Annual statistical returns and brief notes on vaccination in Bengal - 1896-1909
Year: 1896
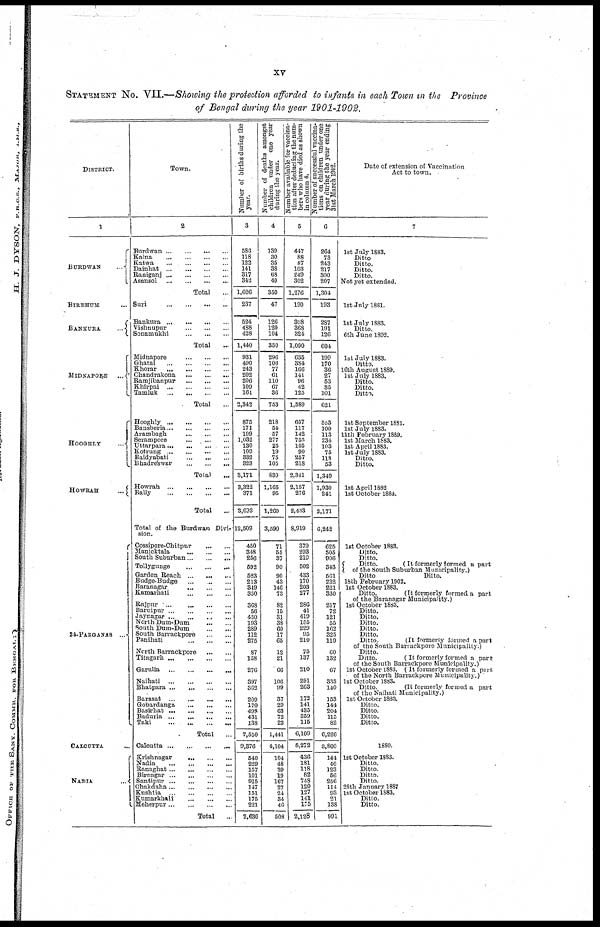
xv
STATEMENT No. VII.—Showing the protection afforded to infants in each Town in the Province
of Bengal during the year 1901-1902.
DISTRICT.
1
BURDWAN
...
BIRBHUM ...
BANKURA
...
MIDNAPORE
...
HOOGHLY
...
HOWRAH
...
24-PARGANAS ...
CALCUTTA
NADIA
...
Town.
2
Burdwan ... ... ... ...
Kalna
...
...
...
...
Katwa
...
...
...
...
Dainhat ... ... ... ...
Raniganj
...
...
...
...
Asansol
...
...
...
...
Total ...
Suri
...
...
...
...
Bankura
...
...
...
...
Vishnupur
...
...
...
Sonamukhi
...
...
...
Total ...
Midnapore
...
...
...
Ghatal ... ... ... ...
Khorar
...
...
...
...
Chandrakona
...
...
...
Ramjibanpur
...
...
...
Khirpai
...
...
...
...
Tamluk
...
...
...
...
Total ...
Hooghly ... ... ... ...
Bansberia ... ... ... ...
Arambagh
...
...
...
Serampore
...
...
...
Uttarpara ... ... ... ...
Kotrung
...
...
...
...
Baidyabati
...
...
...
Bhadreswar
...
...
...
Total ...
Howrah
...
...
...
...
Bally
...
...
...
...
Total ...
Total of the Burdwan Divi-
sion.
Cossipore-Chitpur
...
...
Manicktala
...
...
...
South Suburban ... ... ...
Tollygunge
...
...
...
Garden Reach
...
...
...
Budge-Budge
...
...
...
Baranagar
...
...
...
Kamarhati
...
...
...
Rajpur ... ... ... ... ...
Baruipur
...
...
...
...
Jaynagar
...
...
...
...
North Dum-Dum
...
...
South Dum-Dum
...
...
South Barrackpore
...
...
Panihati
...
...
...
North Barrackpore
...
...
Titagarh
...
...
...
...
Garulia
...
...
...
...
Naihati ... ... ...
Bhatpara
...
...
...
...
Barasat
...
...
...
...
Gobardanga
...
...
...
Basirhat
...
...
...
...
Baduria ... ... ... ...
Taki
...
...
...
...
Total ...
Calcutta
...
...
...
...
Krishnagar
...
...
...
Nadia
...
...
...
...
Ranaghat
...
...
...
...
Birnagar ... ... ... ...
Santipur
...
...
...
...
Chakdaha
...
...
...
...
Kushtia
...
...
...
...
Kumarkhali
...
...
...
Meherpur
...
...
...
...
Total ...
Number of births during the
year.
3
586
118
122
141
317
342
1,626
237
524
488
428
1,440
931
490
243
202
206
109
161
3,342
875
171
199
1,032
130
109
332
323
3,171
3,322
371
3,633
12,509
450
348
256
592
523
213
349
350
368
56
450
193
289
112
275
87
158
276
397
362
209
170
498
431
138
7,550
9,376
540
229
157
101
915
147
151
175
221
2,636
Number of deaths amongst
children under one year
during the year.
4
139
30
35
38
68
40
350
47
126
120
104
350
296
106
77
61
110
67
36
753
218
54
57
277
25
19
75
105
830
1,165
95
1,260
3,590
71
55
37
90
90
43
146
73
82
15
31
38
60
17
65
12
21
66
106
99
37
29
63
72
23
1,441
4,104
104
48
39
19
167
27
24
34
46
508
Number available for vaccina¬
tion
after deducting the num-
bers who have died as shown
in
column
4.
5
447
88
87
103
249
302
1,276
190
398
368
324
1,090
635
384
166
141
96
42
125
1,589
657
117
142
755
105
90
257
218
2,341
2,157
276
2,433
8,919
379
293
219
502
433
170
203
277
286
41
419
155
229
95
210
75
137
210
291
263
172
141
435
359
115
6,109
5,272
436
181
118
82
748
120
127
141
175
2,128
Number of successful vaccina-
tions on children under one
year during the year ending
31st March 1902.
6
264
73
243
217
300
207
1,304
193
287
191
126
604
199
170
36
27
53
35
101
621
553
100
113
234
103
75
118
53
1,349
1,930
241
2,171
6,242
625
505
906
343
561
232
221
330
217
72
121
55
162
325
119
60
132
67
335
140
153
144
204
115
82
6,226
3,800
144
46
123
56
256
114
93
21
138
991
Date of extension of Vaccination
Act to town.
7
1st July 1883. chetan
Ditto
Ditto.
Ditto.
Ditto.
Not yet extended.
1st July 1881.
1st July 1883.
Ditto.
6th June 1892.
1st July 1883.
Ditto.
16th August 1889.
1st July 1883.
Ditto.
Ditto.
Ditto.
1st September 1881.
1st July 1883.
11th February 1889.
1st March 1883.
1st April 1883.
1st July 1883.
Ditto.
Ditto.
1st April 1882
1st October 1884.
1st October 1883.
Ditto.
Ditto.
Ditto. (It formerly formed a part
of the South Suburban Municipality.)
Ditto
Ditto.
18th February 1902.
1st October 1883.
Ditto.
(It formerly formed a part
of the Baranagar Municipality.)
1st October 1883.
Ditto.
Ditto.
Ditto.
Ditto.
Ditto.
Ditto.
(It formerly formed a part
of the South Barrackpore Municipality.)
Ditto.
Ditto.
(It formerly formed a part
of the South Barrackpore Municipality.)
1st October 1883. (It formerly formed a part
of the North Barrackpore Municipality.)
1st October 1183.
Ditto.
(It formerly formed a part
of the Naihati Municipality.)
1st October 1883.
Ditto.
Ditto.
Ditto.
Ditto.
1880.
1st October 1883.
Ditto.
Ditto.
Ditto.
Ditto.
28th January 1887
1st October 1883.
Ditto.
Ditto.